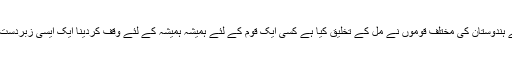
اس لئے ایک ایسی زبان کو جسے ہندوستان کی مختلف قوموں نے مل کے تخلیق کیا ہے کسی ایک قوم کے لئے ہمیشہ ہمیشہ کے لئے وقف کردینا ایک ایسی زبردست تہذیبی اور تاریخی غلطی ہوگی۔